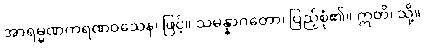
အာရမ္မဏကရဏဝသေန၊ ဖြင့်။ သမန္နာဂတော၊ ပြည့်စုံ၏။ ဣတိ၊ သို့။